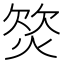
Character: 𣣛